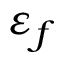
\varepsilon _ { f }